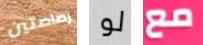
رصاصتين لو مع